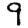
Digit: 9